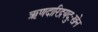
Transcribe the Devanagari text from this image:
ऋणदारिद्रयदुःखेन